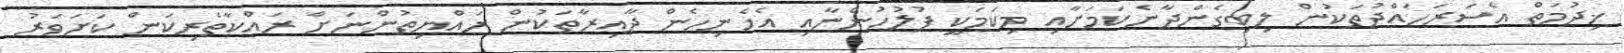
ޚިދުމަތް އެސަރަހައްދުތަކުން ލިބިގެންދާނެކަމަށާއި މިކަމަކީ ފުލުހުންނާއި އެހެނިހެން ދާއިރާތަކުން ރައްޔިތުންނަށް ރައްކާތެރިކަން ކަށަވަރު